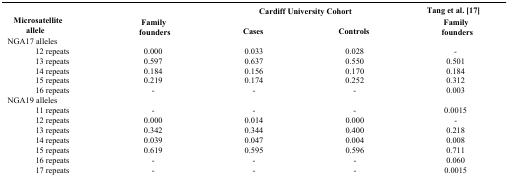
<table><thead><tr><td rowspan="2"><b>Microsatellite allele</b></td><td colspan="3"><b>Cardiff University Cohort</b></td><td><b>Tang et al. [17]</b></td></tr><tr><td><b>Family founders</b></td><td><b>Cases</b></td><td><b>Controls</b></td><td><b>Family founders</b></td></tr></thead><tbody><tr><td colspan="5">NGA17 alleles</td></tr><tr><td>12 repeats</td><td>0.000</td><td>0.033</td><td>0.028</td><td>-</td></tr><tr><td>13 repeats</td><td>0.597</td><td>0.637</td><td>0.550</td><td>0.501</td></tr><tr><td>14 repeats</td><td>0.184</td><td>0.156</td><td>0.170</td><td>0.184</td></tr><tr><td>15 repeats</td><td>0.219</td><td>0.174</td><td>0.252</td><td>0.312</td></tr><tr><td>16 repeats</td><td>-</td><td>-</td><td>-</td><td>0.003</td></tr><tr><td colspan="5">NGA19 alleles</td></tr><tr><td>11 repeats</td><td>-</td><td>-</td><td>-</td><td>0.0015</td></tr><tr><td>12 repeats</td><td>0.000</td><td>0.014</td><td>0.000</td><td>-</td></tr><tr><td>13 repeats</td><td>0.342</td><td>0.344</td><td>0.400</td><td>0.218</td></tr><tr><td>14 repeats</td><td>0.039</td><td>0.047</td><td>0.004</td><td>0.008</td></tr><tr><td>15 repeats</td><td>0.619</td><td>0.595</td><td>0.596</td><td>0.711</td></tr><tr><td>16 repeats</td><td>-</td><td>-</td><td>-</td><td>0.060</td></tr><tr><td>17 repeats</td><td>-</td><td>-</td><td>-</td><td>0.0015</td></tr></tbody></table>